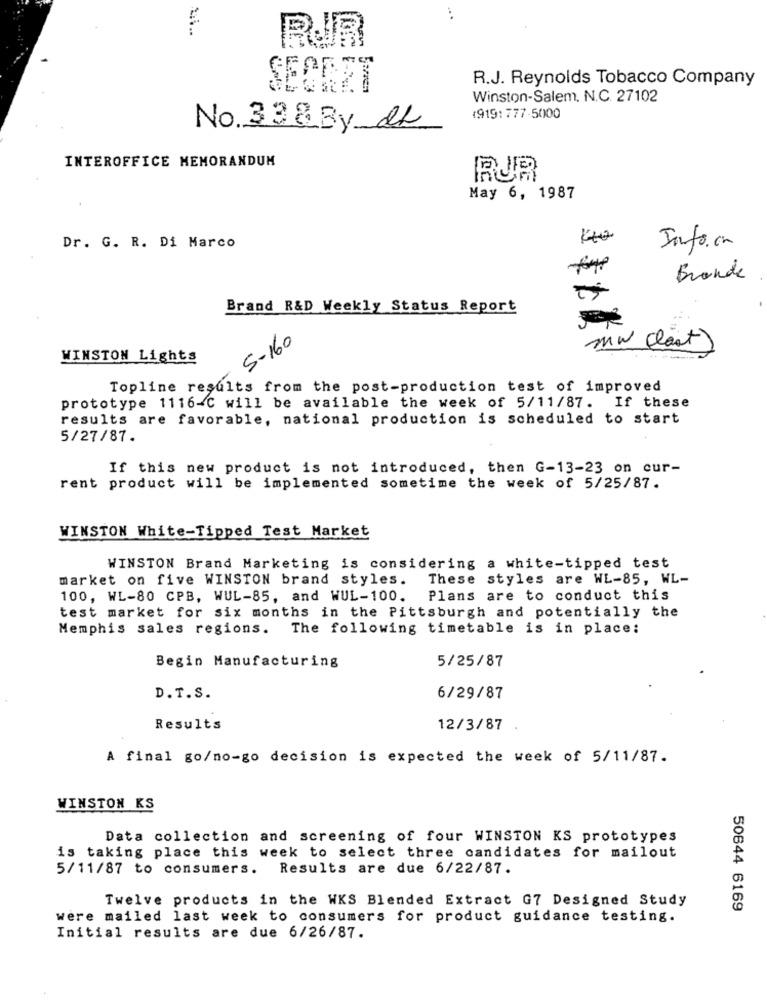
...
RUR
R.J. Reynolds Tobacco Company
SECRET
Winston-Salem. N.C. 27102
1919:777-5000
No. 338By de
INTEROFFICE MEMORANDUM
RUR
May 6, 1987
42
Dr. G. R. Di Marco
Info.com
Brande
Brand R&D Weekly Status Report
5-160
MW (last)
WINSTON Lights
Topline results from the post-production test of improved
prototype 1116-C will be available the week of 5/11/87. If these
results are favorable, national production is scheduled to start
5/27/87.
If this new product is not introduced, then G-13-23 on cur-
rent product will be implemented sometime the week of 5/25/87.
WINSTON White-Tipped Test Market
WINSTON Brand Marketing is considering a white-tipped test
market on five WINSTON brand styles.
These styles are WL-85, WL-
100, WL-80 CPB, WUL-85, and WUL-100.
Plans are to conduct this
test market for six months in the Pittsburgh and potentially the
Memphis sales regions. The following timetable is in place:
Begin Manufacturing
5/25/87
D. T.S.
6/29/87
Results
12/3/87
A final go/no-go decision is expected the week of 5/11/87.
WINSTON KS
Data collection and screening of four WINSTON KS prototypes
is taking place this week to select three candidates for mailout
5/11/87 to consumers. Results are due 6/22/87.
Twelve products in the WKS Blended Extract G7 Designed Study
50644 6169
were mailed last week to consumers for product guidance testing.
Initial results are due 6/26/87.